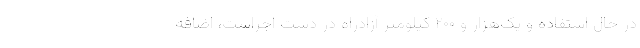
در حال استفاده و یک‌هزار و ۲۰۰ کیلومتر آزادراه در دست اجراست، اضافه